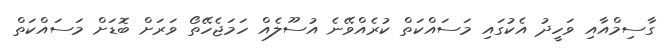
ގާސިމްއާއި ވަހީދު އެކުގައި މަސައްކަތް ކުރެއްވޭނެ އުސޫލެއް ހަމަޖެހޭތޯ ވަރަށް ބޮޑަށް މަސައްކަތް